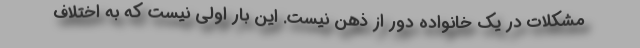
مشکلات در یک خانواده دور از ذهن نیست. این بار اولی نیست که به اختلاف